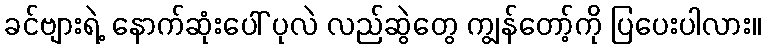
ခင်ဗျားရဲ့ နောက်ဆုံးပေါ် ပုလဲ လည်ဆွဲတွေ ကျွန်တော့်ကို ပြပေးပါလား။